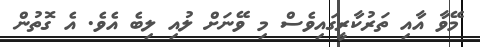
މޭވާ އާއި ތަރުކާރީގައިވެސް މި ވޭނަށް ލުއި ލިބެ އެވެ. އެ ގޮތުން